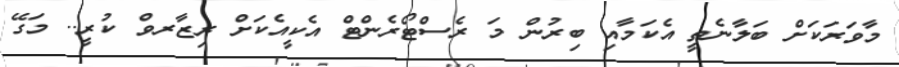
މާވަރަކަށް ބަލާނެތީ އެކަމާއި ބިރުން މަ ރެސްޓޯރެންޓް އެކީއެކަށް ރިޒާރވް ކުރީ.. މަގޭ